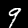
Digit: 9